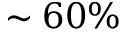
\sim 6 0 \%